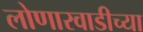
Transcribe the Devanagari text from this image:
लोणारवाडीच्या